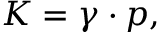
K = \gamma \cdot p ,